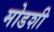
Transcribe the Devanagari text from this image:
मोडशी